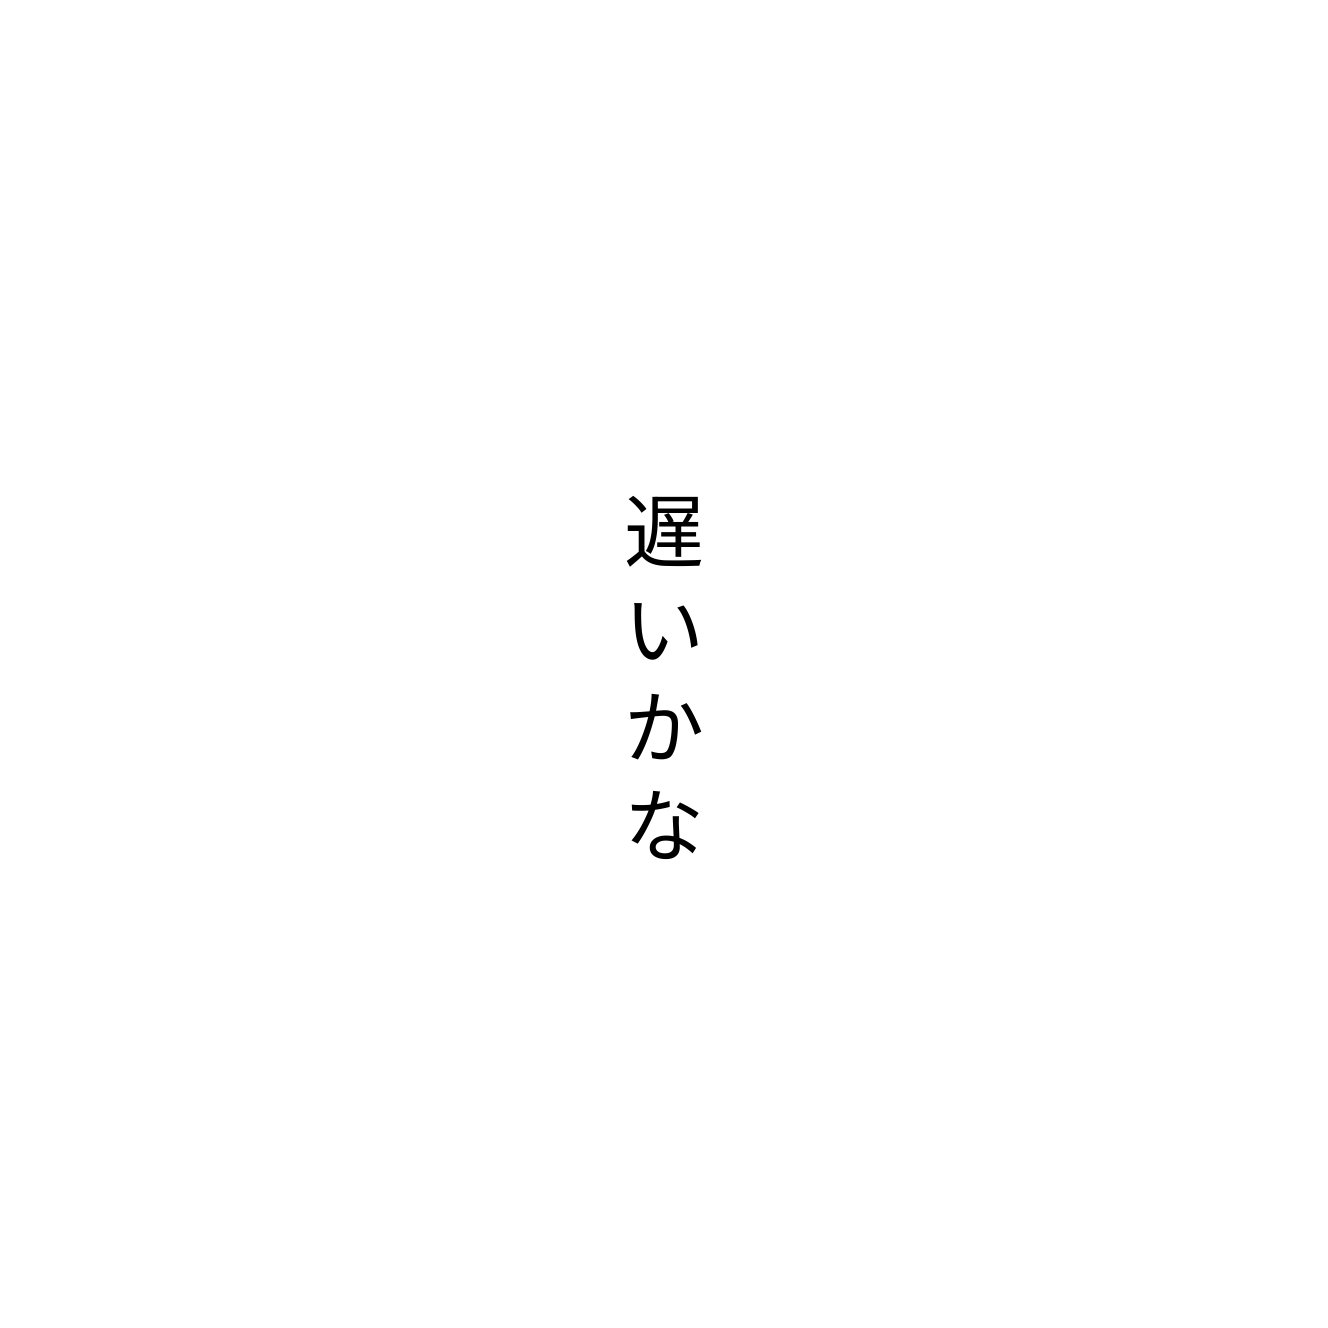
遅いかな